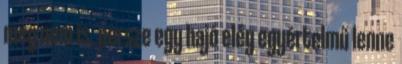
meg nem is. persze egy hajó elég egyértelmű lenne